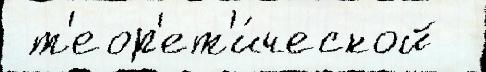
 т'еор'ет'и́ческой